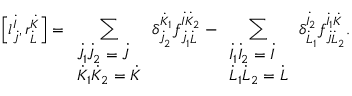
\left[ l _ { \dot { J } } ^ { \dot { I } } , r _ { \dot { L } } ^ { \dot { K } } \right] = \sum _ { \begin{array} { l } { { \dot { J } _ { 1 } \dot { J } _ { 2 } = \dot { J } } } \\ { { \dot { K } _ { 1 } \dot { K } _ { 2 } = \dot { K } } } \end{array} } \delta _ { \dot { J } _ { 2 } } ^ { \dot { K } _ { 1 } } f _ { \dot { J } _ { 1 } \dot { L } } ^ { \dot { I } \dot { K } _ { 2 } } - \sum _ { \begin{array} { l } { { \dot { I } _ { 1 } \dot { I } _ { 2 } = \dot { I } } } \\ { { \dot { L } _ { 1 } \dot { L } _ { 2 } = \dot { L } } } \end{array} } \delta _ { \dot { L } _ { 1 } } ^ { \dot { I } _ { 2 } } f _ { \dot { J } \dot { L } _ { 2 } } ^ { \dot { I } _ { 1 } \dot { K } } .